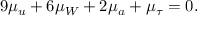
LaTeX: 9 \mu _ { u } + 6 \mu _ { W } + 2 \mu _ { a } + \mu _ { \tau } = 0 .